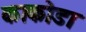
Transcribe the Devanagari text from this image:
काकोडा